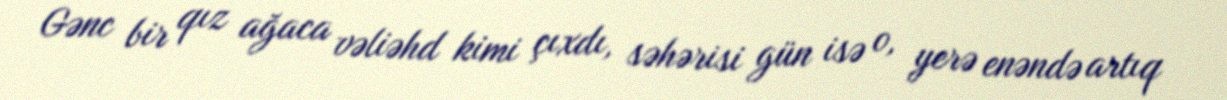
Gənc bir qız ağaca vəliəhd kimi çıxdı, səhərisi gün isə o, yerə enəndə artıq